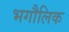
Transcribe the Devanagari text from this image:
भगौलिक